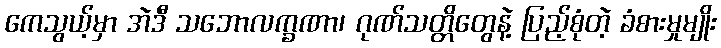
ကေသွယ့်မှာ အဲဒီ သဘောလက္ခဏာ၊ ဂုဏ်သတ္တိတွေနဲ့ ပြည့်စုံတဲ့ ခံစားမှုမျိုး